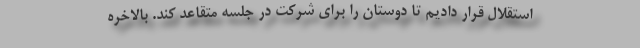
استقلال قرار دادیم تا دوستان را برای شرکت در جلسه متقاعد کند. بالاخره